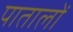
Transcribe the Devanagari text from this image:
पातालों